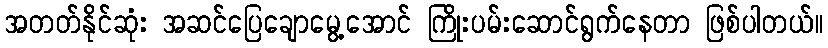
အတတ်နိုင်ဆုံး အဆင်ပြေချောမွေ့အောင် ကြိုးပမ်းဆောင်ရွက်နေတာ ဖြစ်ပါတယ်။